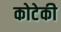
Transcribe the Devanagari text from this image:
कोटेकी